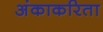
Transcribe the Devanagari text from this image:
अंकाकरिता